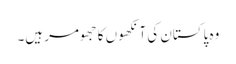
وہ پاکستان کی آنکھوں کا جھومر ہیں۔